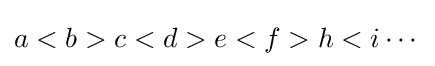
a<b>c<d>e<f>h<i\cdots